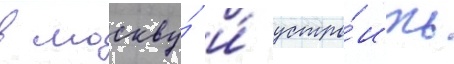
в москву́ и́ устро́ить